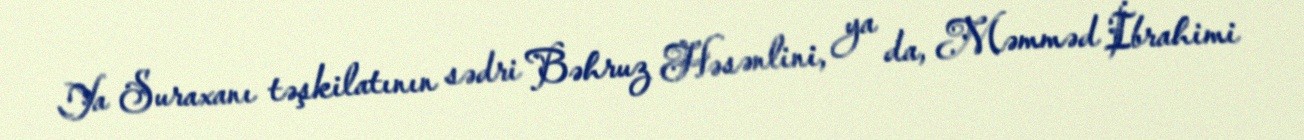
Ya Suraxanı təşkilatının sədri Bəhruz Həsənlini, ya da, Məmməd İbrahimi